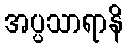
အပ္ပသာရာနိ